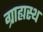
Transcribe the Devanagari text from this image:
ग्राह्यस्थ